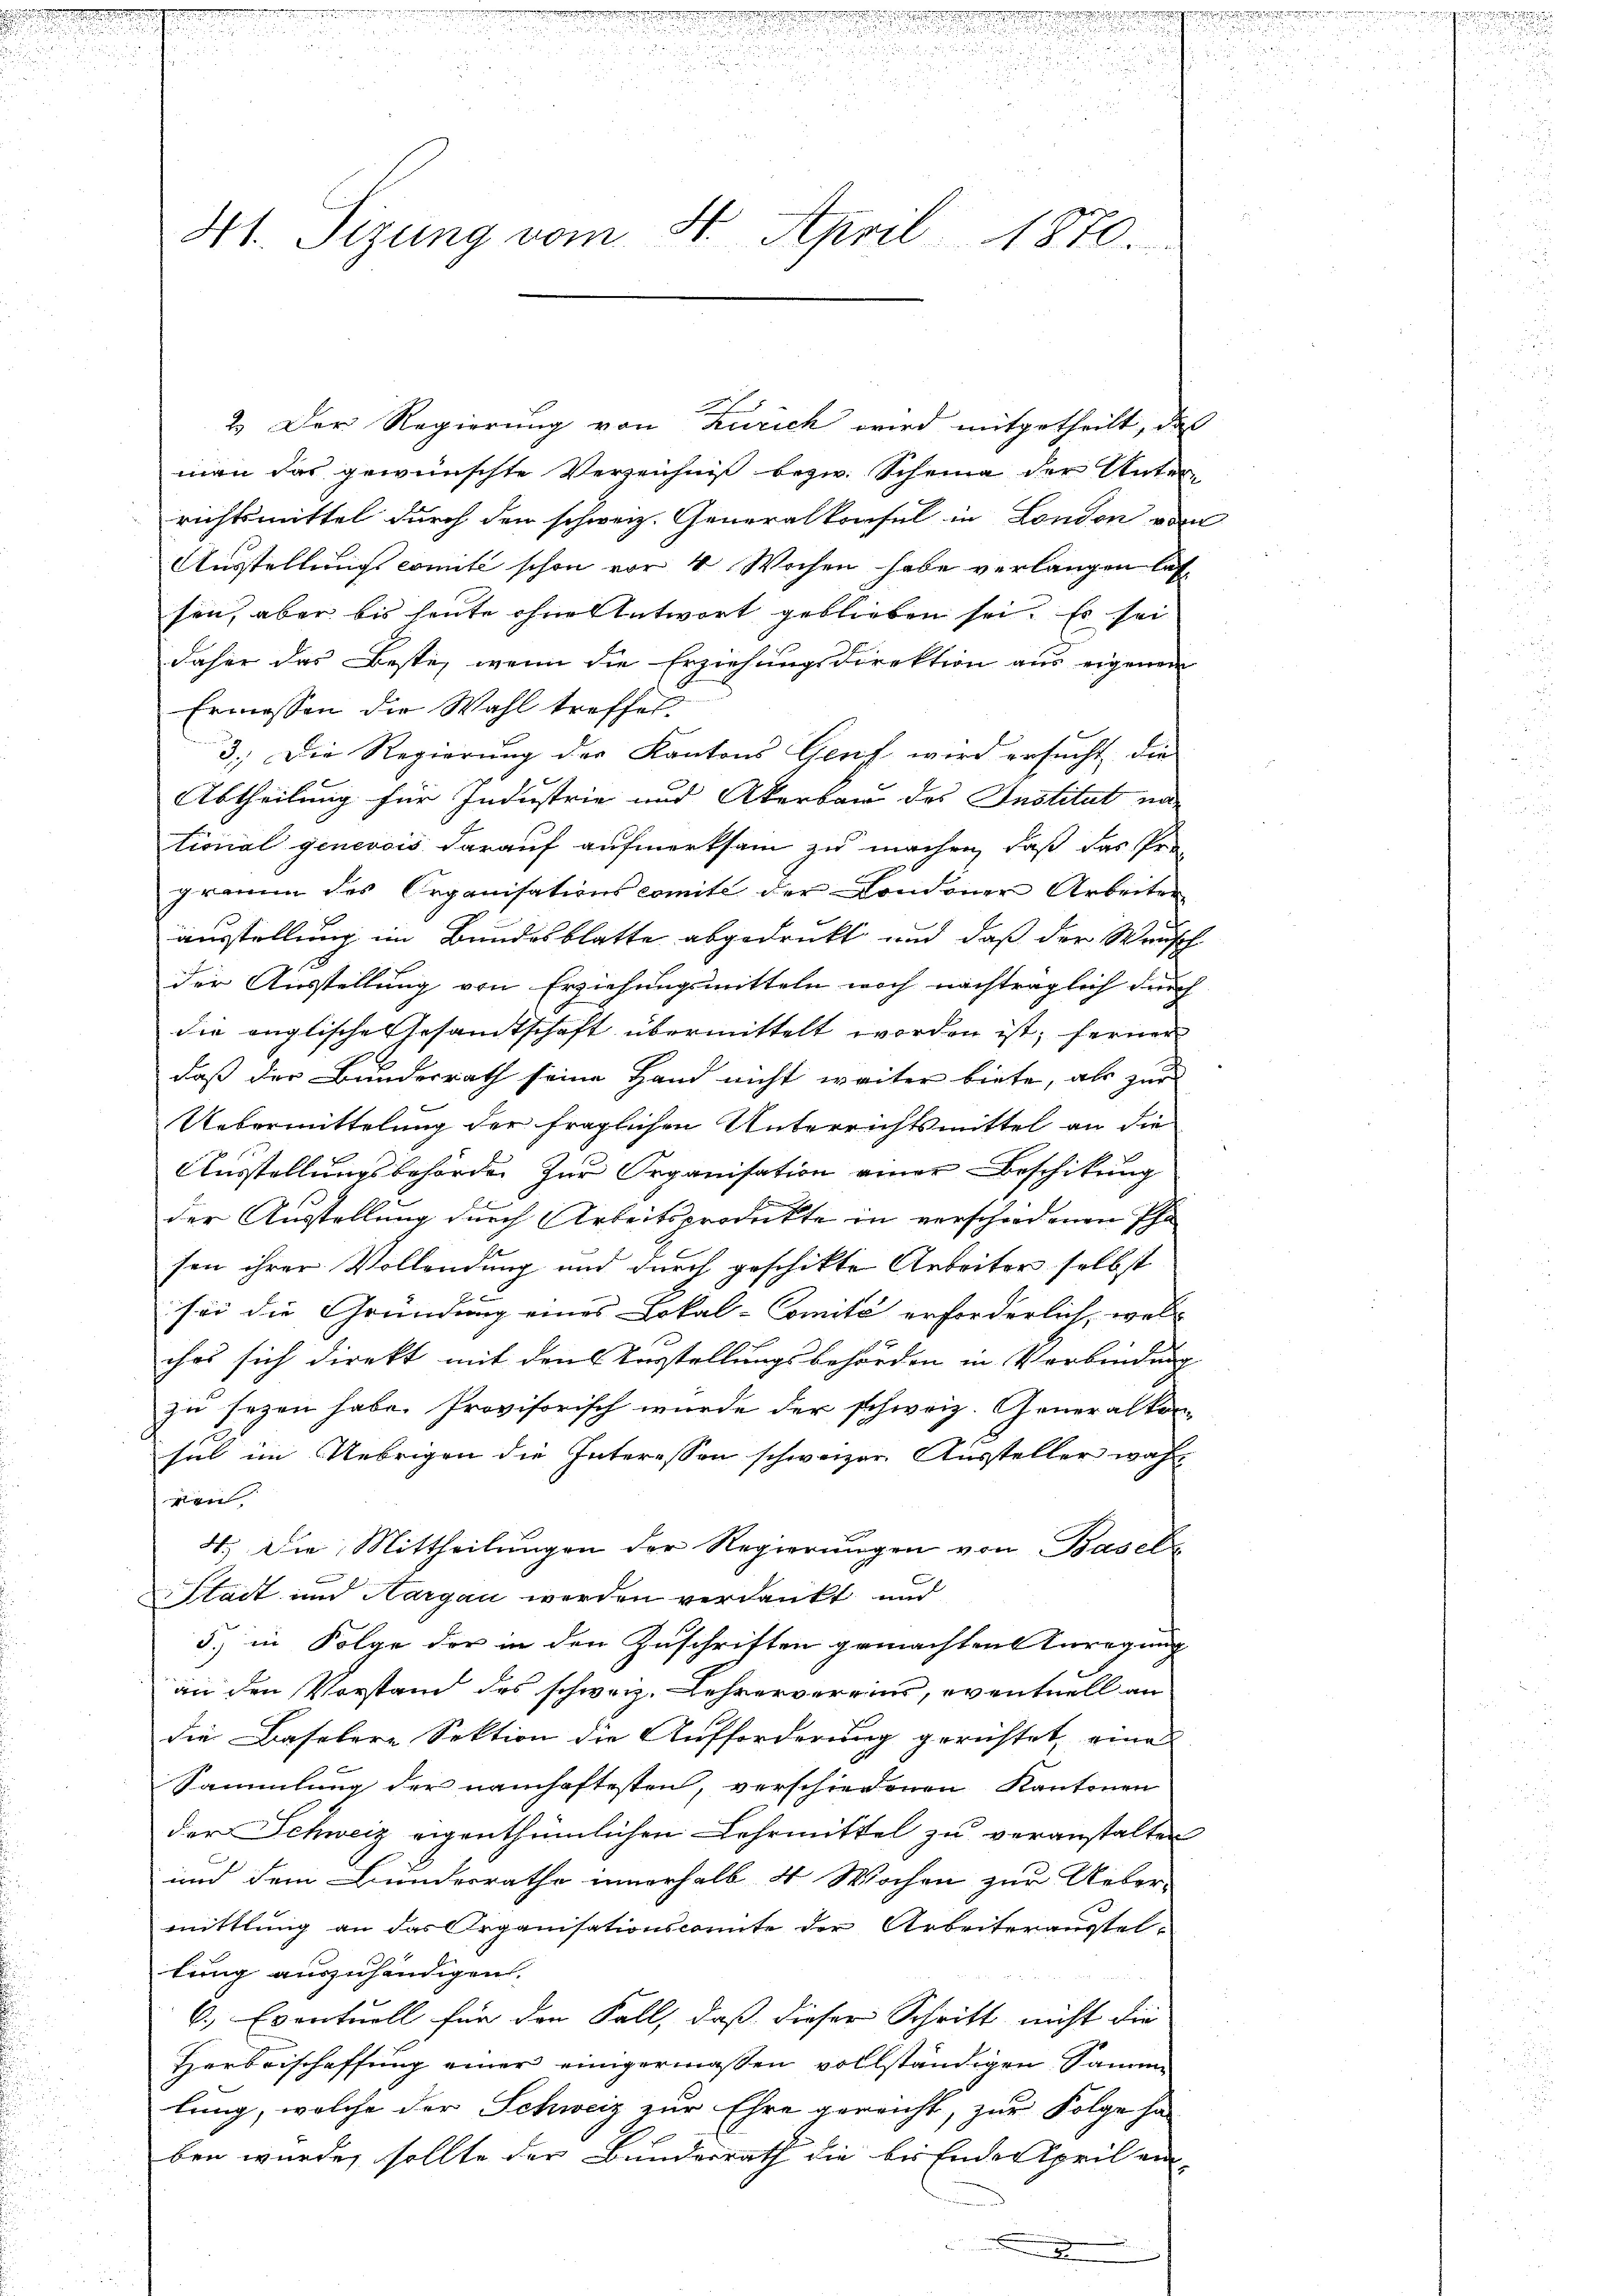
e

n
n

u

.

2
s

3
u
41. Sizung vom St. April 1870.

u

.

u

2.) Der Regierung von Zürich wird mitgetheilt, daß
man das gewünschte Verzeichnis bezw. Scheine der Unter-
richtsmittel durch den schweiz. Generalkonsul in London von
Ausstellungscomite schon vor 4 Wochen habe verlangen lassen, aber bis heute ohne Antwort geblieben sei. Es sei
daher das Beste, wenn die Erziehungsdirektion aus eigenem
Ermessen die Wahl treffet
3. Die Regierŭng der Kantons Genf wird ersŭcht die
Abtheilung für Industrie und Akerbau des Institut nach
tional genevois darauf aufmerksam zu machen, daß das Programm des Organisationscomite der Londoner Arbeiten
ausstellung im Bundesblatte abgedruckt und daß der Wunsch
der Ausstellung von Erziehungsmitteln noch nachträglich durch
die englische Gesamtschaft übermittelt worden ist; ferner
daß der Bundesrath seine Hand nicht weiter biete, als zur
Uebermittelung der fraglichen Unterrichtsmittel an die
Ausstellungsbehörde zur Organisation einer Beschikung
der Ausstellung durch Arbeitsprodukte in verschiedenen Pha
sen ihrer Vollendung und durch geschikte Arbeiter selbst
sei die Gründung eines Lokal-Comité erforderlich, wel- |
ches sich direkt mit den Vorstellungsbehörden in Verbindung
zu sezen habe. Provisorisch wurde der schweiz. Generalkon-
sich im Uebrigen die Interessen schweizer. Aussteller wahr
glen
4. Die Mittheilungen der Regierungen von Basel
Stadt und Aargau werden verdankt und
3.) in Folge der in den Zuschriften gemachten Anregung
an den Vorstand des schweiz. Lehrervereins, eventuell an
die Baselere Sektion die Aufforderung gerichtet, eine
Sammlung der namhaftesten, verschiedenen Kantonen
der Schweiz eigenthümlichen Lehrmittel zu veranstalten
und dem Bunderrathe innerhalb 4 Wochen zur Ueber-
mittlung an das Organisationscomite der Arbeiterausstel-
tung auszuhändigen.
6.) Eventuell für den Fall, daß dieser Schritt nicht die
Herbeischaffung einer einigermaßen vollständigen Sammlung, welche der Schweiz zur Ehre gereicht, zur Folge ha
ben wurde, sollte der Bunderrath die bei Ender April ein

u

d
.

e